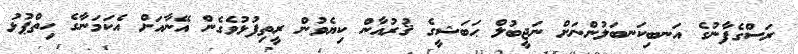
ރަސްގެފާނުގެ އަނބިކަނބަލުންނަށް ނަޖީބުލް ޙަބަޝީގެ ޤުރުއާން ކިޔެވުން ރީތިފުޅުވެގެން އޭނާއަށް އެކަމަނާގެ ހިތްޕުޅު